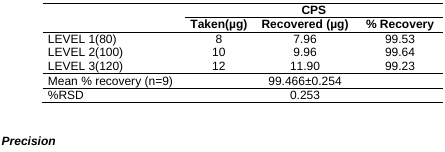
|  | <COLSPAN=3> CPS |
 |  | Taken(μg) | Recovered (μg) | % Recovery |
 | --- | --- | --- | --- |
 | LEVEL 1(80) | 8 | 7.96 | 99.53 |
 | LEVEL 2(100) | 10 | 9.96 | 99.64 |
 | LEVEL 3(120) | 12 | 11.90 | 99.23 |
 | Mean % recovery (n=9) |  | 99.466±0.254 |  |
 | %RSD |  | 0.253 |  |